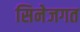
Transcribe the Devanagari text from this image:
सिनेजगत